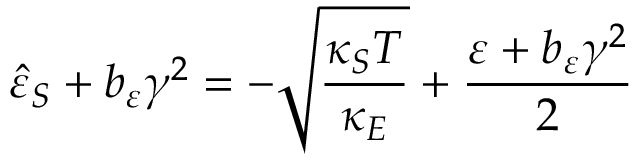
\hat { \varepsilon } _ { S } + b _ { \varepsilon } \gamma ^ { 2 } = - \sqrt { \frac { \kappa _ { S } T } { \kappa _ { E } } } + \frac { \varepsilon + b _ { \varepsilon } \gamma ^ { 2 } } { 2 }